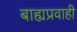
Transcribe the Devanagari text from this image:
बाह्यप्रवाही